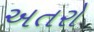
અતરો